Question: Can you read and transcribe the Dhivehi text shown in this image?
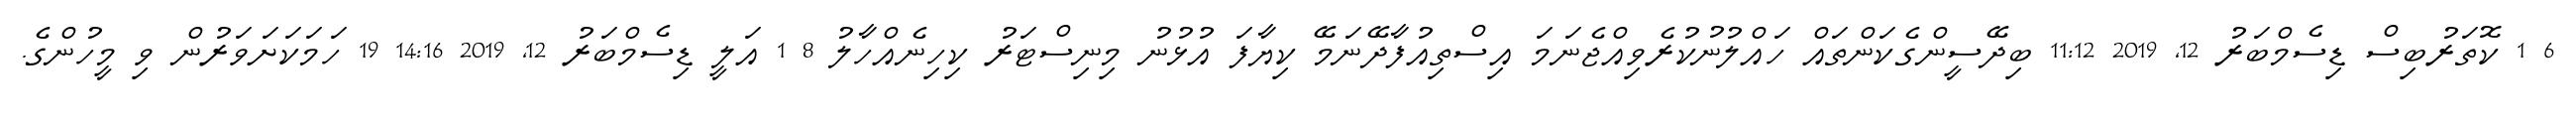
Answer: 6 1 ކޮތަރުބިސް ޑިސެމްބަރު 12, 2019 11:12 ބިދޭސީންގެކަންތައް ހައްލުނުކުރެވިއްޖެނަމަ އިސްތިއުފާދޭނަމޭ ކިޔާފަ އުޅުނު މިނިސްޓަރު ކިހިނެއްހާލު 8 1 އަލީ ޑިސެމްބަރު 12, 2019 14:16 19 ހަމަކަށަވަރުން ވި މީހުންގެ.